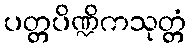
ပတ္တပိဏ္ဍိကသုတ္တံ